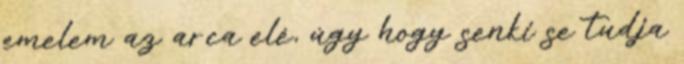
emelem az arca elé, úgy hogy senki se tudja